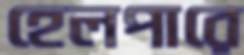
হেলপারে